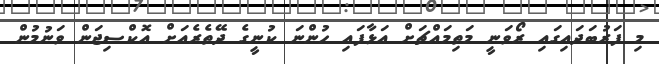
މި ފަރުބަދައިގައި ރޯވަނީ މަތިމައްޗަށް އަޅާފައި ހުންނަ ކުނީގެ ދޭތެރެއަށް އޮކްސިޖަން ވަނުމުން